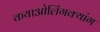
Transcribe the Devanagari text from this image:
कयाओलिंगक्यांग